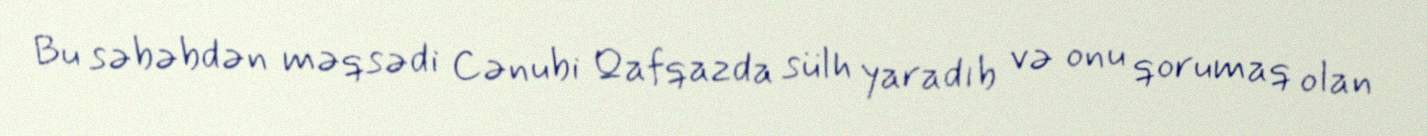
Bu səbəbdən məqsədi Cənubi Qafqazda sülh yaradıb və onu qorumaq olan